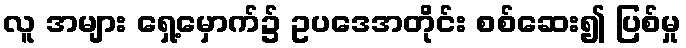
လူ အများ ရှေ့မှောက်၌ ဥပဒေအတိုင်း စစ်ဆေး၍ ပြစ်မှု